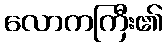
လောကကြီး၏